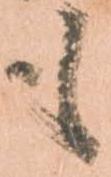
も